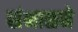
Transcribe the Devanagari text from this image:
संभाळने